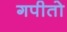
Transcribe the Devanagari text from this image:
गपीतो